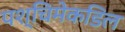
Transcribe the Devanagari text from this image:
पश्चिमेकडिल